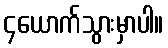
၄ယောက်သွားမှာပါ။